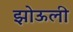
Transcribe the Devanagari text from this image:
झोऊली